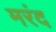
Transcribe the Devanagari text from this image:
मरंद